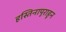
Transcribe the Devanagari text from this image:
हस्तिनापुराहून